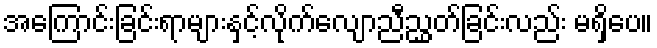
အကြောင်းခြင်းရာများနှင့်လိုက်လျောညီညွှတ်ခြင်းလည်း မရှိပေ။